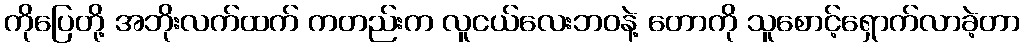
ကိုပြေတို့ အဘိုးလက်ထက် ကတည်းက လူငယ်လေးဘဝနဲ့ တောကို သူစောင့်ရှောက်လာခဲ့တာ